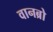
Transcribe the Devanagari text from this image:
वानब्रो